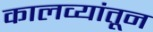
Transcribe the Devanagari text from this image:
कालव्यांतून